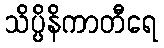
သိပ္ပိနိကာတီရေ